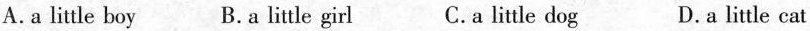
A.a little boy B.a little girl C.a little dog D.a little cat